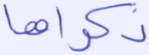
ذكراها